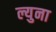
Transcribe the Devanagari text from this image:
ल्युना